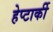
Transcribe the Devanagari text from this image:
हेप्टार्की